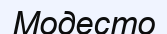
Модесто